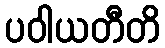
ပဝါယတီတိ